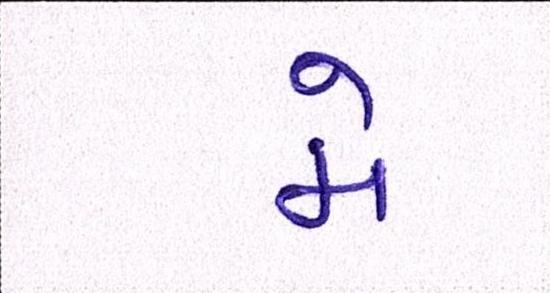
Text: મે